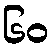
၆၀